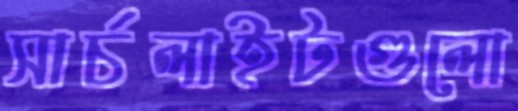
সার্চলাইটগুলো